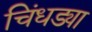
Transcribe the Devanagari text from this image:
चिंधड्या